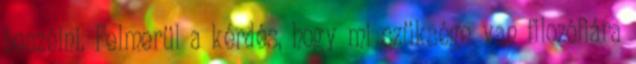
beszélni. Felmerül a kérdés, hogy mi szüksége van filozófiára